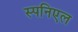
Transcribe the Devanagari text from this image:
स्पनिएल